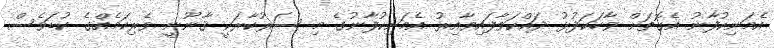
އެމަނިކުފާނު އެގޮތަށް ވާހަކަފުޅު ދައްކަވާފައިވާއިރު އެމަނިކުފާނުގެ މި ސަރުކާރަކީ ޤާނޫނީ ވެރިކަމެއްގެ ކުޑަވެސް